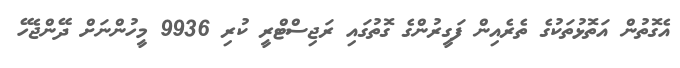
އެގޮތުން އަތޮޅުތަކުގެ ތެރެއިން ފަގީރުންގެ ގޮތުގައި ރަޖިސްޓްރީ ކުރި 9936 މީހުންނަށް ދޭންޖެހޭ